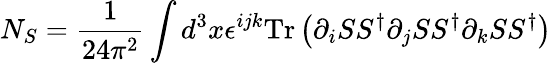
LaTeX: N_{S}={\frac{1}{24\pi^{2}}}\int d^{3}x\epsilon^{ijk}\mathrm{Tr}\left(\partial_{i}SS^{\dagger}\partial_{j}SS^{\dagger}\partial_{k}SS^{\dagger}\right)